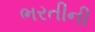
ભરતીની